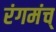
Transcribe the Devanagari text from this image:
रंगमंच्